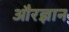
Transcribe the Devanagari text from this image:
औरज्ञान